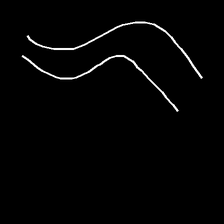
Glyph: float